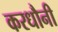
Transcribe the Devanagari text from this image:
करधौनी